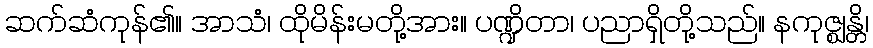
ဆက်ဆံကုန်၏။ အာသံ၊ ထိုမိန်းမတို့အား။ ပဏ္ဍိတာ၊ ပညာရှိတို့သည်။ နကုဇ္ဈန္တိ၊